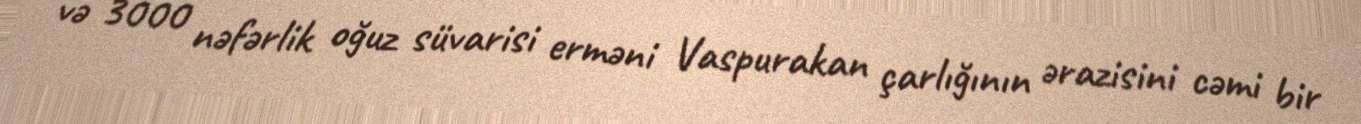
və 3000 nəfərlik oğuz süvarisi erməni Vaspurakan çarlığının ərazisini cəmi bir